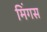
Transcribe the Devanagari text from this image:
मिंगस